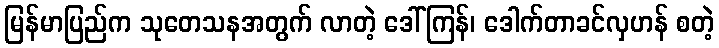
မြန်မာပြည်က သုတေသနအတွက် လာတဲ့ ဒေါ်ကြန်၊ ဒေါက်တာခင်လှဟန် စတဲ့